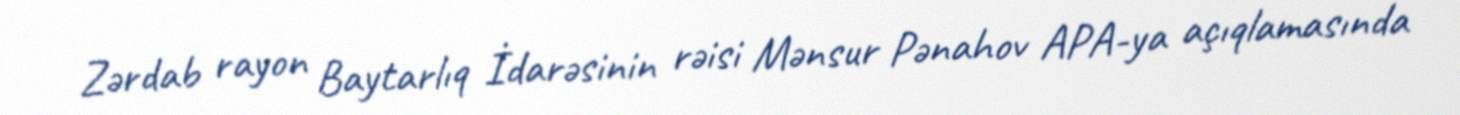
Zərdab rayon Baytarlıq İdarəsinin rəisi Mənsur Pənahov APA-ya açıqlamasında